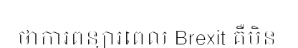
ថាការពន្យារពេល Brexit គឺមិន